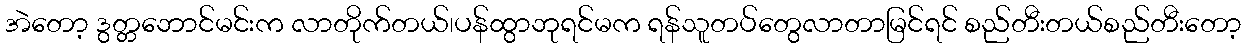
အဲတော့ ဒွတ္တဘောင်မင်းက လာတိုက်တယ်၊ပန်ထွာဘုရင်မက ရန်သူတပ်တွေလာတာမြင်ရင် စည်တီးတယ်စည်တီးတော့